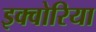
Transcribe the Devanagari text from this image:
इक्वोरिया